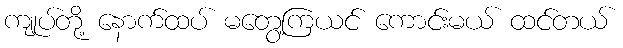
ကျုပ်တို့ နောက်ထပ် မတွေ့ကြယင် ကောင်းမယ် ထင်တယ်